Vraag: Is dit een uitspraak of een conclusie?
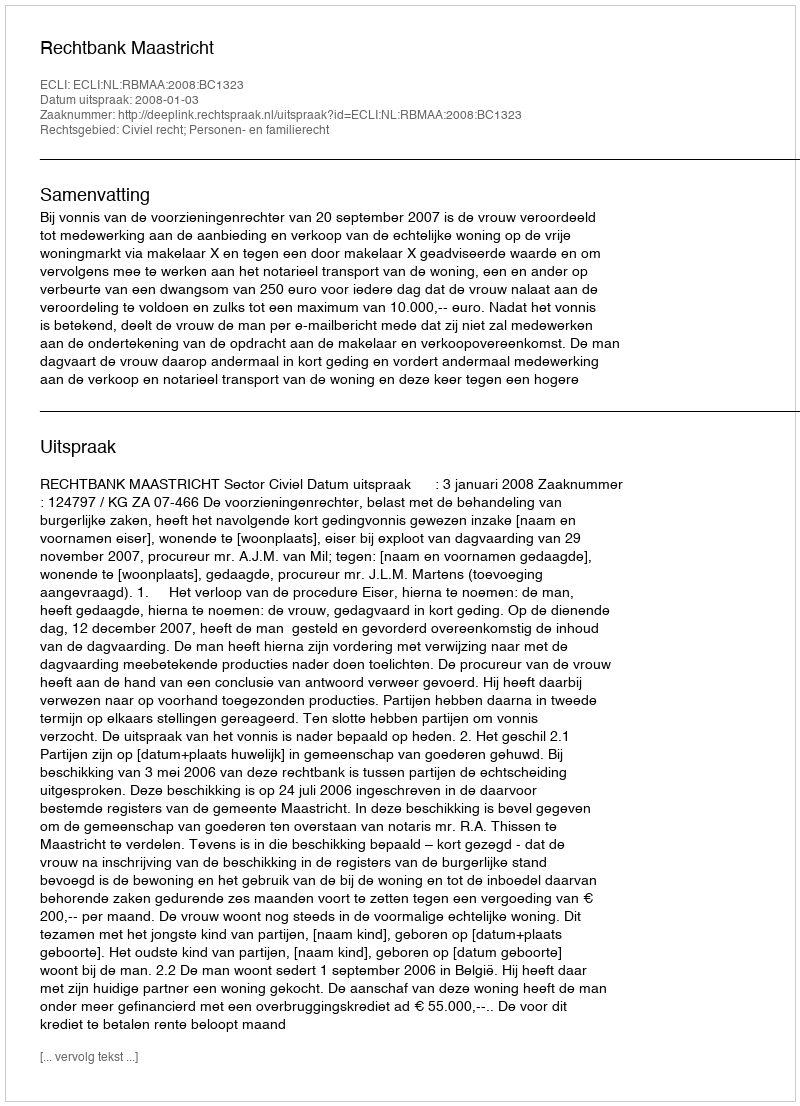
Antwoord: Uitspraak